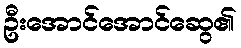
ဦးအောင်အောင်ဆွေ၏